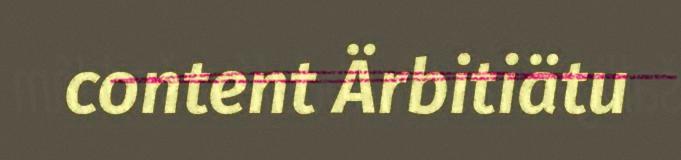
content Ärbitiätu